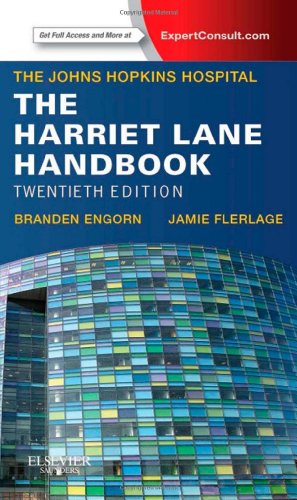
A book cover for The Harriet Lane Handbook: Mobile Medicine Series, 20e; Johns Hopkins Hospital; Medical Books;